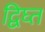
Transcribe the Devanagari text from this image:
द्विघ्त